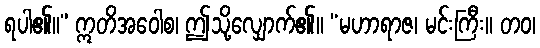
ရပါ၏။” ဣတိအဝေါစ၊ ဤသို့လျှောက်၏။ “မဟာရာဇ၊ မင်းကြီး။ တဝ၊